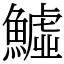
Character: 鱋